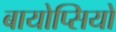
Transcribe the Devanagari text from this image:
बायोप्‍िसयों